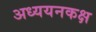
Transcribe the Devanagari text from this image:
अध्ययनकक्ष